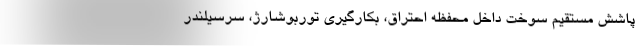
پاشش مستقیم سوخت داخل محفظه احتراق، بکارگیری توربوشارژ، سرسیلندر